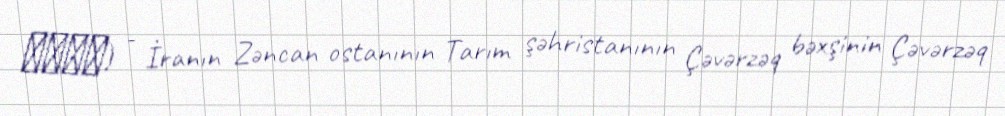
ولیس) - İranın Zəncan ostanının Tarım şəhristanının Çəvərzəq bəxşinin Çəvərzəq